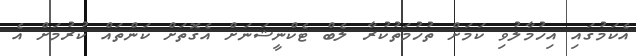
އެކަމުގައި އިހުމާލުވި ކަމަށް ތުހުމަތުކުރާ ލެބް ޓެކްނީޝަނަށް އެގޮތަށް ކަންތައް ކުރުމަށް އެ